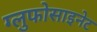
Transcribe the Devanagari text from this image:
ग्लुफोसाइनेट